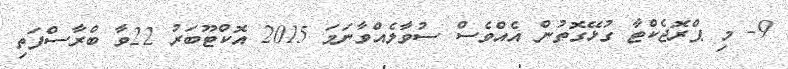
9- މި ޕްރޮޖެކްޓާ ގުޅޭގޮތުން އެއްވެސް ސުވާލެއްވާނަމަ 2015 އޮކްޓޫބަރު 22ވާ ބްރާސްފަތި